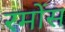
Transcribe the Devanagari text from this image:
रमोंस